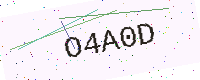
Text: O4A0D